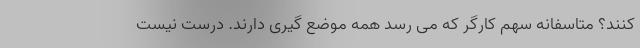
کنند؟ متاسفانه سهم کارگر که می رسد همه موضع گیری دارند. درست نیست